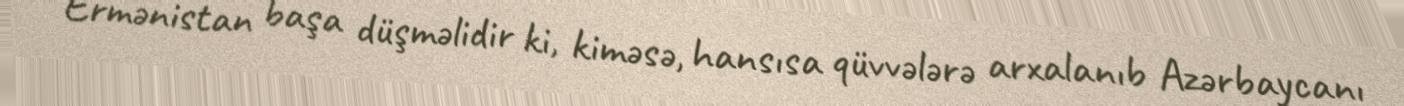
Ermənistan başa düşməlidir ki, kiməsə, hansısa qüvvələrə arxalanıb Azərbaycanı